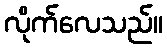
လိုက်လေသည်။